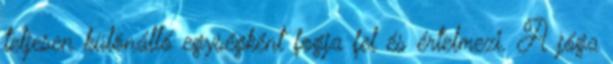
teljesen különálló egységként fogja fel és értelmezi. A jóga